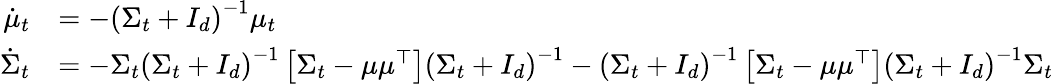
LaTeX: \begin{array}{rl}{\dot{\mu}_{t}}&{=-\left(\Sigma_{t}+I_{d}\right)^{-1}\mu_{t}}\\ {\dot{\Sigma}_{t}}&{=-\Sigma_{t}\left(\Sigma_{t}+I_{d}\right)^{-1}\left[\Sigma_{t}-\mu\mu^{\top}\right]\left(\Sigma_{t}+I_{d}\right)^{-1}-\left(\Sigma_{t}+I_{d}\right)^{-1}\left[\Sigma_{t}-\mu\mu^{\top}\right]\left(\Sigma_{t}+I_{d}\right)^{-1}\Sigma_{t}}\end{array}